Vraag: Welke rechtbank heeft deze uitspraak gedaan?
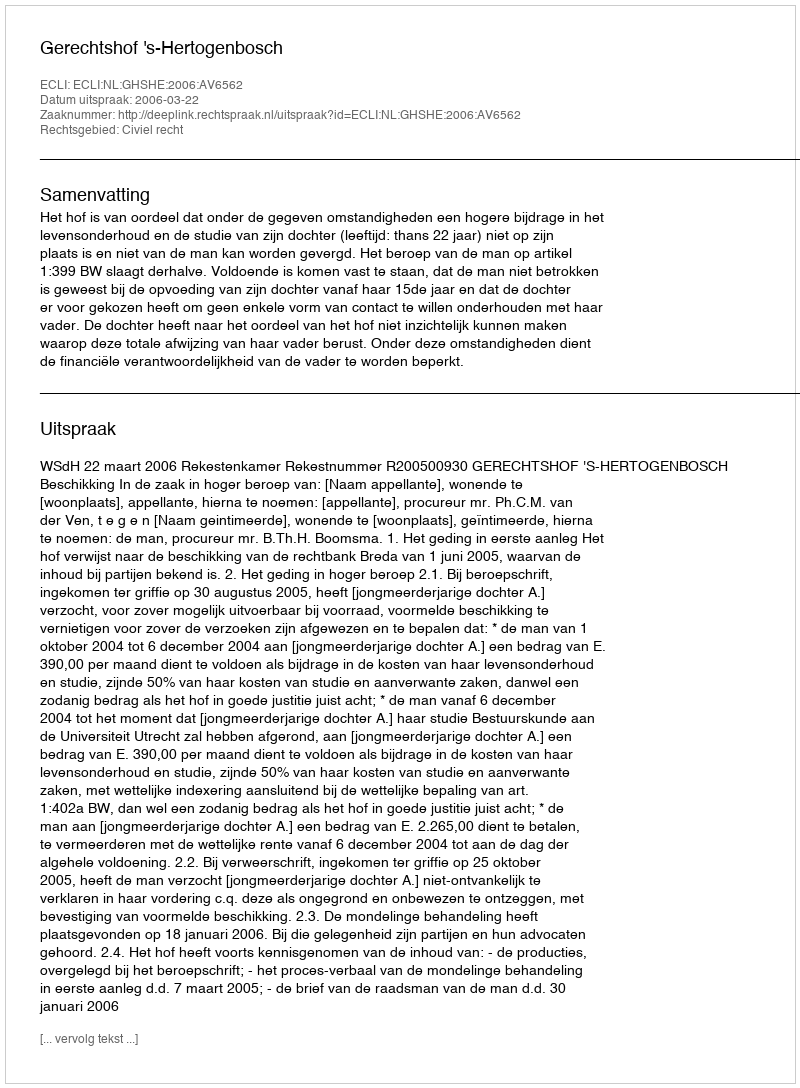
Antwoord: Gerechtshof 's-Hertogenbosch